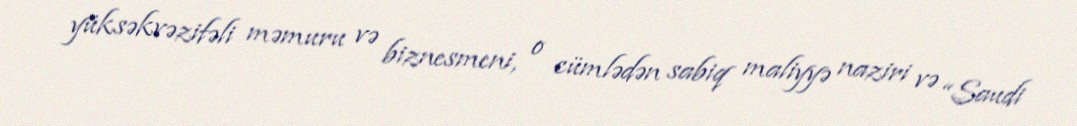
yüksəkvəzifəli məmuru və biznesmeni, o cümlədən sabiq maliyyə naziri və “Saudi